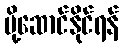
ပို့ဆောင်နိုင်ရန်